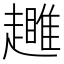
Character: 𧾕